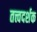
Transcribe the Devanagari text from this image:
तत्त्वदर्शक